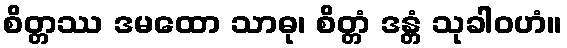
စိတ္တဿ ဒမထော သာဓု၊ စိတ္တံ ဒန္တံ သုခါဝဟံ။